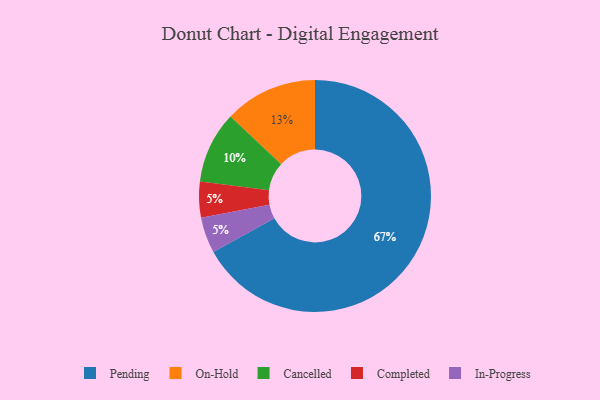
{"axis": {"x": "Category", "y": "Percentage"}, "legend": ["Cancelled", "Completed", "In-Progress", "On-Hold", "Pending"], "data": [{"x": "Cancelled", "y": 10, "type": "Cancelled"}, {"x": "On-Hold", "y": 13, "type": "On-Hold"}, {"x": "Completed", "y": 5, "type": "Completed"}, {"x": "In-Progress", "y": 5, "type": "In-Progress"}, {"x": "Pending", "y": 67, "type": "Pending"}]}